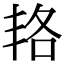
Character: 𠲱